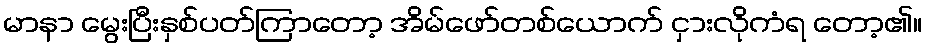
မာနာ မွေးပြီးနှစ်ပတ်ကြာတော့ အိမ်ဖော်တစ်ယောက် ငှားလိုကံရ တော့၏။